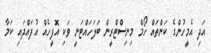
އަދި އެމީހުންގެ ކަންތައް ހޯމް މިނިސްޓްރީން ބަލަހައްޓަނީ ވަކި އޮފީހެއް އުފައްދައި ކަމާ